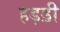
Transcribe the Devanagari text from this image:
हड़ॾी